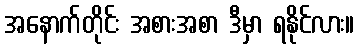
အနောက်တိုင်း အစားအစာ ဒီမှာ ရနိုင်လား။